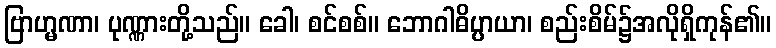
ဗြာဟ္မဏာ၊ ပုဏ္ဏားတို့သည်။ ခေါ၊ စင်စစ်။ ဘောဂါဓိပ္ပာယာ၊ စည်းစိမ်၌အလိုရှိကုန်၏။